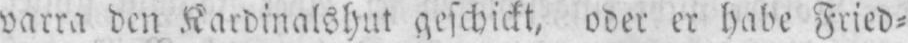
varra den Kardinalshut geschickt, oder er habe Fried⸗